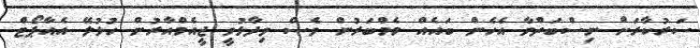
ސަރުކާރަށް ނިސްބަތްވާ އެހެން ބައެއް މެމްބަރުން ވެސް ވިދާޅުވީ ޖީއެމްއާރުން ހުޅުލޭ އެއާޕޯޓް